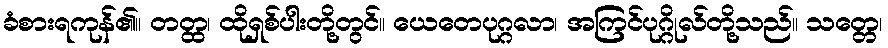
ခံစားရကုန်၏။ တတ္ထ၊ ထိုရှစ်ပါးတို့တွင်။ ယေတေပုဂ္ဂလာ၊ အကြင်ပုဂ္ဂိုလ်တို့သည်။ သတ္တေ၊